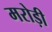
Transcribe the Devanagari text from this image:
मरोड़ी